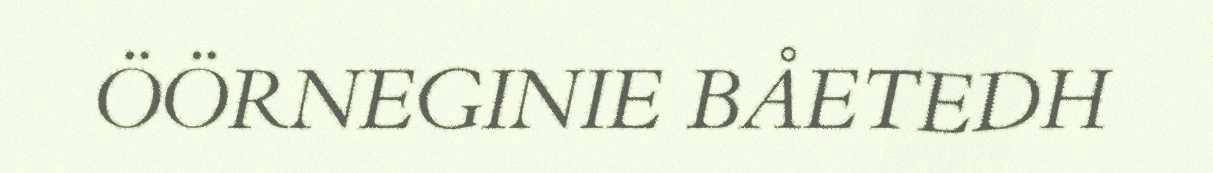
ÖÖRNEGINIE BÅETEDH